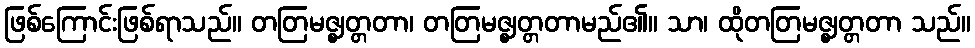
ဖြစ်ကြောင်းဖြစ်ရာသည်။ တတြမဇ္ဈတ္တတာ၊ တတြမဇ္ဈတ္တတာမည်၏။ သာ၊ ထိုတတြမဇ္ဈတ္တတာ သည်။